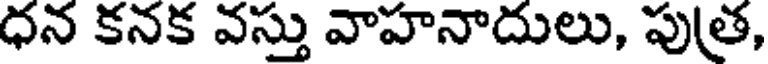
ధన కనక వస్తు వాహనాదులు, పుత,